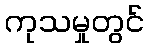
ကုသမှုတွင်